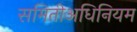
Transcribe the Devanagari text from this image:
समितीअधिनियम